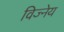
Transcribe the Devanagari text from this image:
विज्नेय